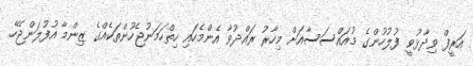
އަރީފް ވިދާޅުވީ ފުލުހުންގެ މުއައްސަސާއަށް މިހާރު ރައްދުވާ އެންމެހައި ހިތްހަމަނުޖެހުންތަކެއްގެ ޒިންމާ އުފުލަންޖެހޭ